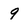
Character: 9